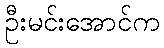
ဦးမင်းအောင်က